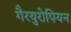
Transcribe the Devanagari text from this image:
गैरयुरोपियन